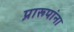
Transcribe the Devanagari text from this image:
प्रारूपांना